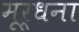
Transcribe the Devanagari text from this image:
मूर्धना